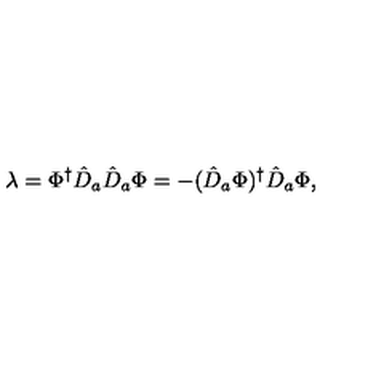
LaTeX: \lambda = \Phi ^ { \dag } \hat { D } _ { a } \hat { D } _ { a } \Phi = - ( \hat { D } _ { a } \Phi ) ^ { \dag } \hat { D } _ { a } \Phi ,